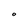
Character: O